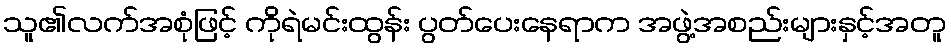
သူ၏လက်အစုံဖြင့် ကိုရဲမင်းထွန်း ပွတ်ပေးနေရာက အဖွဲ့အစည်းများနှင့်အတူ